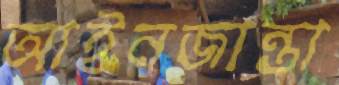
আইনজান্তা